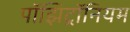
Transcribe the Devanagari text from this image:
पॉझिट्रॉनियम